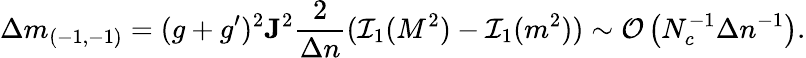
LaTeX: \Delta m_{(-1,-1)}=(g+g^{\prime})^{2}{\mathbf J}^{2}{\frac{2}{\Delta n}}({\cal I}_{1}(M^{2})-{\cal I}_{1}(m^{2}))\sim{\cal O}\left(N_{c}^{-1}\Delta n^{-1}\right).